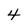
Character: 4